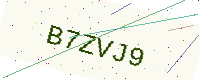
Text: B7ZVJ9